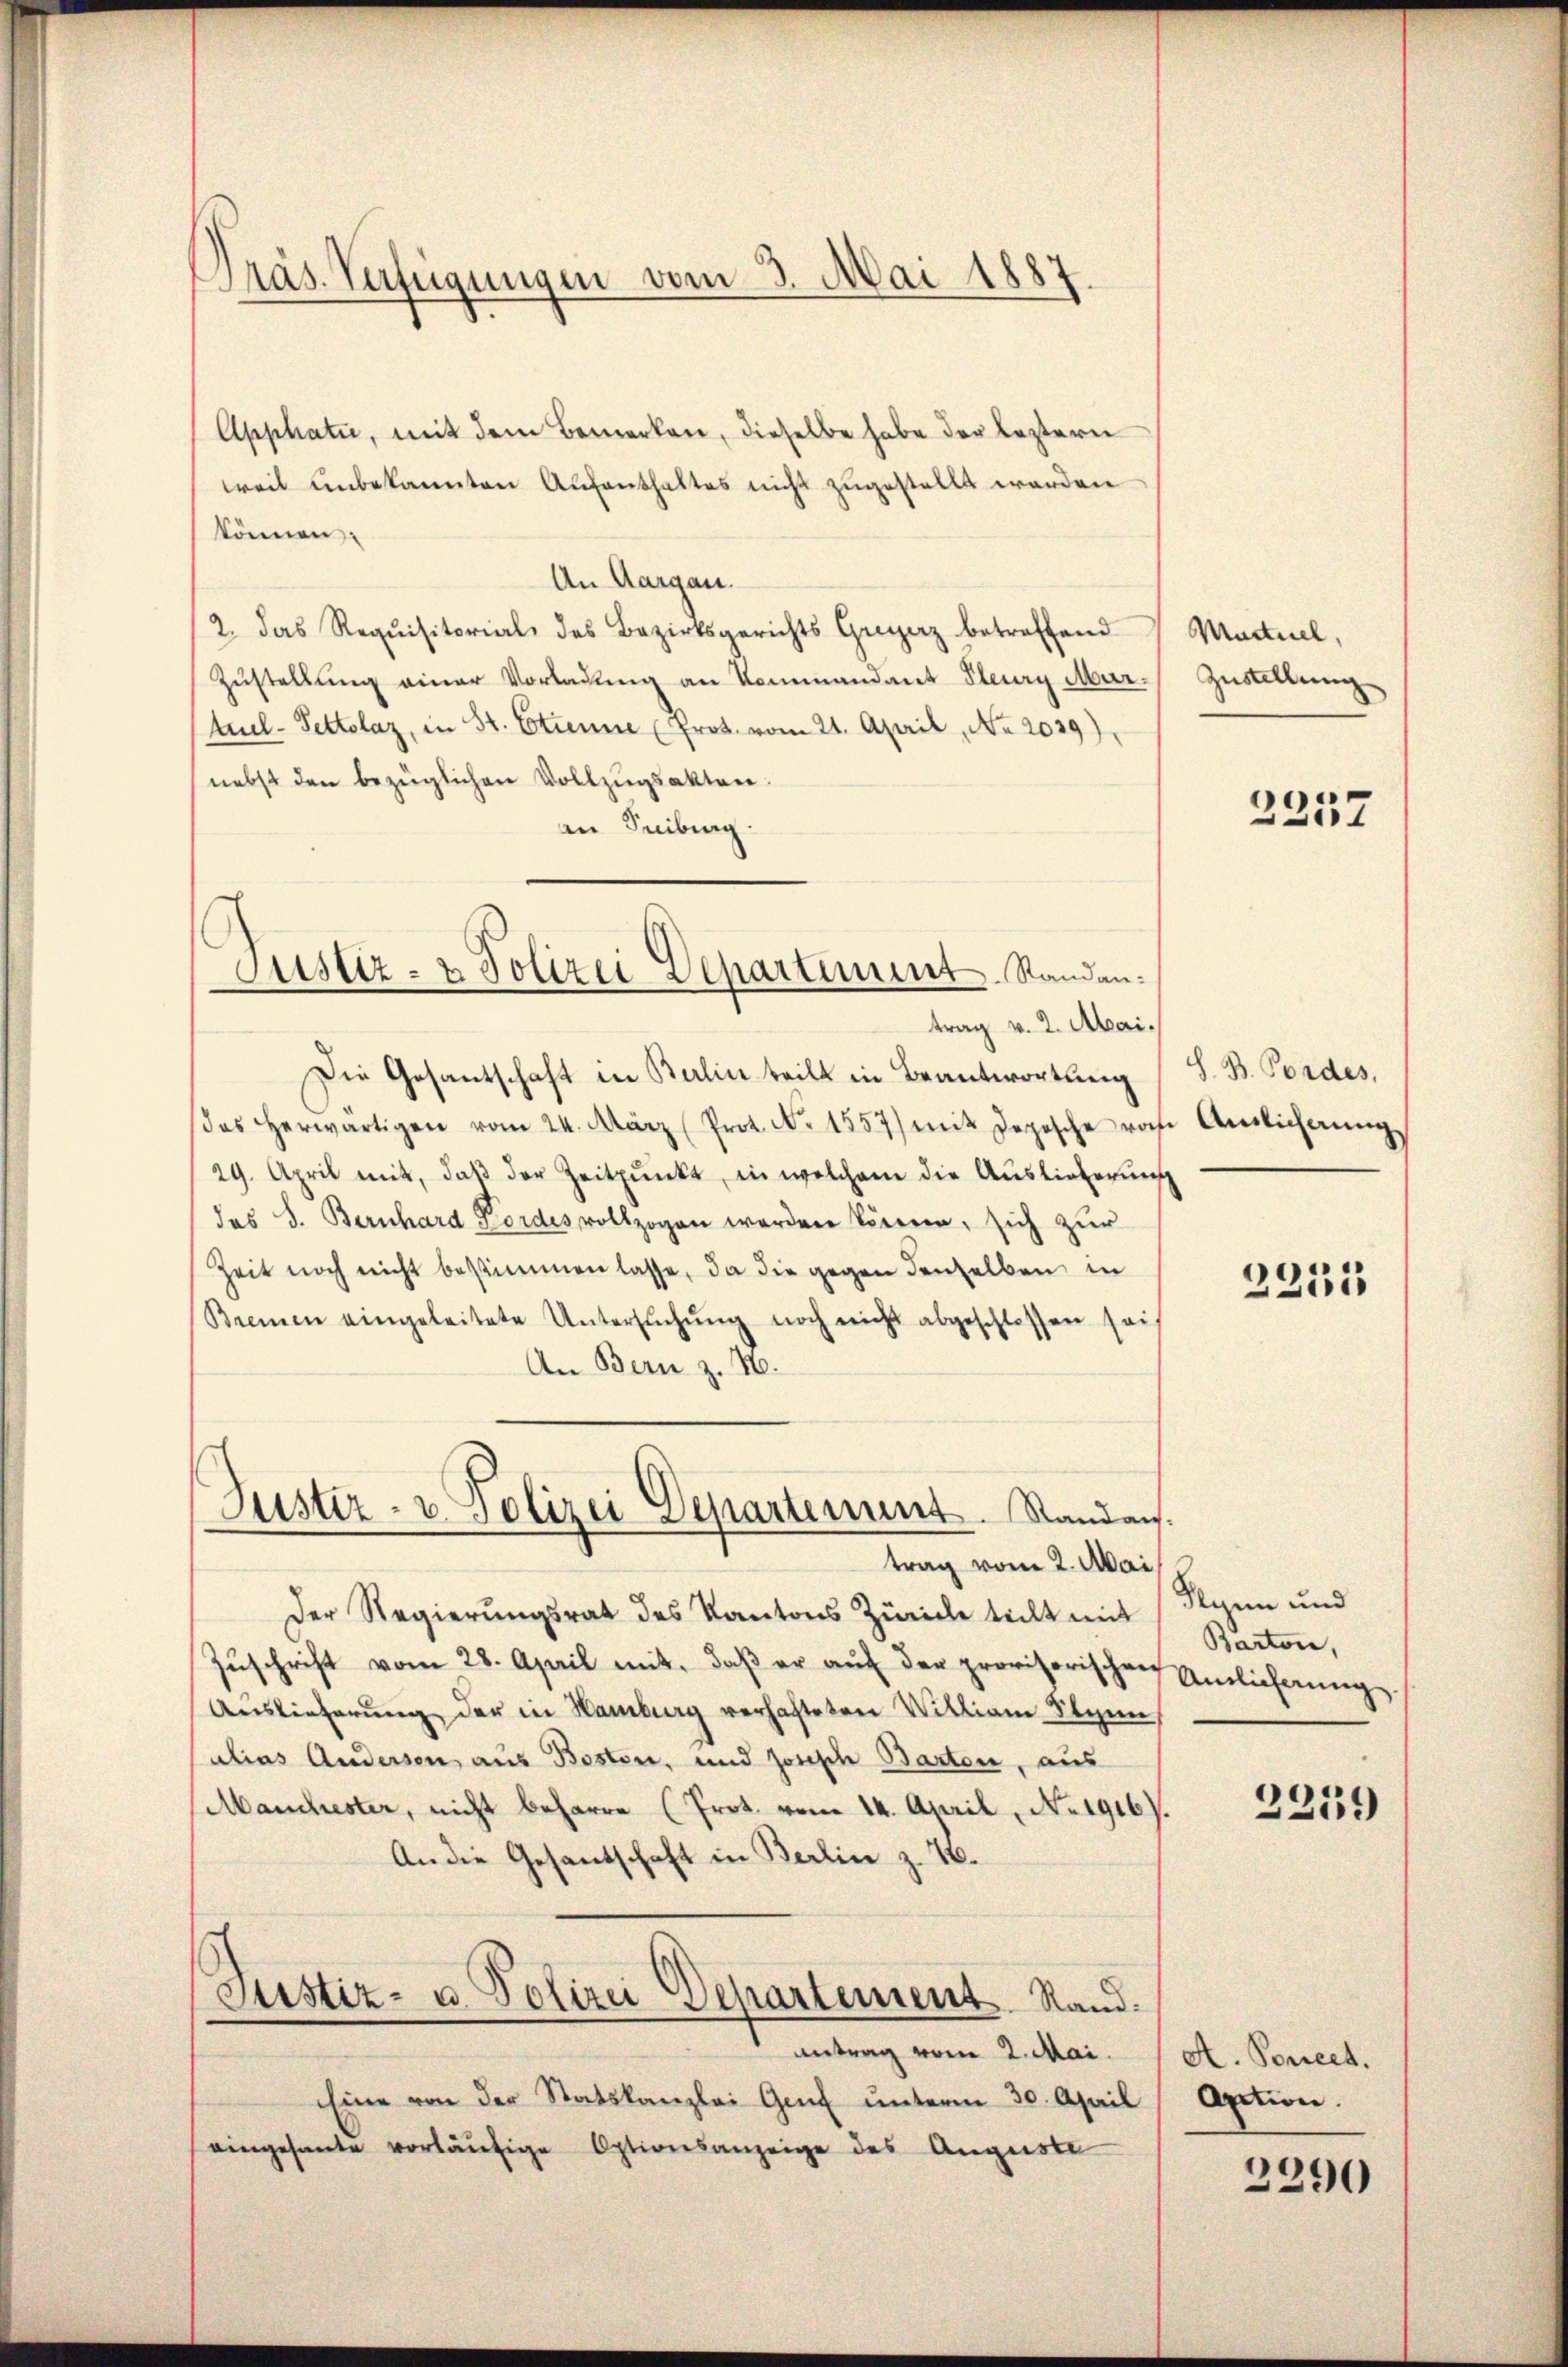
Präs. Verfügungen vom 3. Mai 1887.

Apphati, mit dem Bemerken, dieselbe habe der leztern
weil unbekannten Aufenthaltes nicht zugestellt werden
können
An Aargau.
2. das Requisitorial des Bezirksgerichts Greyerz betreffend
Zustellung einer Vorladung an Kommandant Peury Mur.
tuel-Tettolaz, in St. Etienne (Prot. vom 21. April, No. 2029),
nebst den bezüglichen Vollzŭgsakten.
an Seibig.
trag v. 2. Abai.
Die Gesantschaft in Balin teilt in Beantwortung
(das herwärtigen vom 24. März (Prot. No 1557) mit Depesche roch
29. April mit, daβ der Zeitpŭnkt, in welchem die Auslieferun
das S. Bernhard Fordes vollzogen werden können, sich zŭr
Zeit noch nicht bestimmen lasse, da die gegen denselben in
Bremen eingeleitete Untersŭchŭng noch nicht abgeschlossen sei,
An Bern z. 10.
Justiz- u. Polizei Departement. Standan
trag vom 2. Mai
Der Regierungsrat des Kantons Zürich teilt mit
Zŭschrift vom 28. April mit, daβ er aŭf der provisorischen
Auslieferung der in Hamburg verhafteten Willian Seyen,
alias Andersen aus Boston, und Josische Barten, aus
Manchester, nicht beharre (Prot. vom 14. April, No. 1916)
An die Gesandschaft in Berlin z. 16.
Stistiz- u. Polizei Departement Rand.
Antrag vom 2. Mai.
Eine von der Statskanzlei Genf unterm 30. April
eingesante vorläŭfige Optionsanzeige des Auguste

Justiz- & Polizei Departiunt. Standan¬

Martiel,
Zustellung

2257

S. B. Fordes,
n Auslichnung
s

2233

Seyen und
Barton,
Anlieferung.

2259

A. Poncet.
Aption.

2290